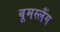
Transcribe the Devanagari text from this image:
बूमस्लैंग